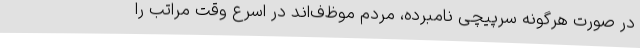
در صورت هرگونه سرپیچی نامبرده، مردم موظ‌ف‌اند در اسرع وقت مراتب را